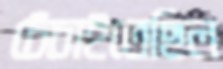
চেঁচাইতেছিল